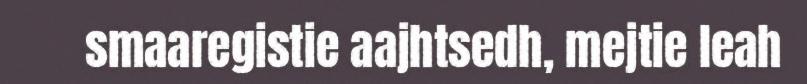
smaaregistie aajhtsedh, mejtie leah